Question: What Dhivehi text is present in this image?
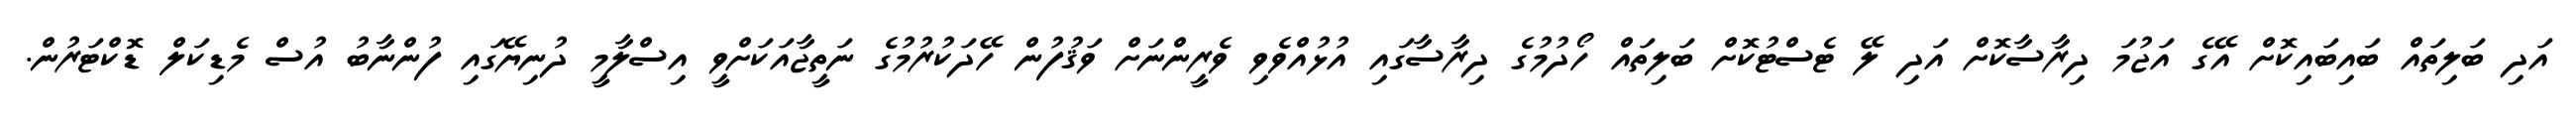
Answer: އަދި ބަލިތައް ބައިބައިކޮށް އޭގެ އަޖުމަ ދިރާސާކޮށް އަދި ލޭ ޓެސްޓުކޮށް ބަލިތައް ހޯދުމުގެ ދިރާސާގައި އުޅުއްވެވި ވެރީންނަށް ވަޤުފުން ހޭދަކުރުމުގެ ނަތީޖާއަކަށްވީ އިސްލާމީ ދުނިޔޭގައި ފުންނާބު އުސް މެޑިކަލް ޑޮކްޓަރުން.